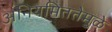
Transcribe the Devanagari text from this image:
अनियमिततेमुळे